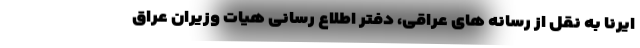
ایرنا به نقل از رسانه های عراقی، دفتر اطلاع رسانی هیات وزیران عراق